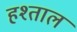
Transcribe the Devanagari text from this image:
हश्ताल